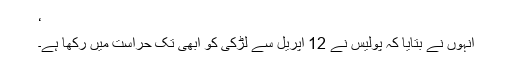
‘
انہوں نے بتایا کہ پولیس نے 12 اپریل سے لڑکی کو ابھی تک حراست میں رکھا ہے۔